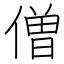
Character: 僧